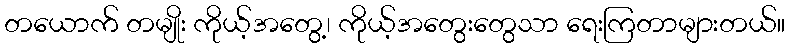
တယောက် တမျိုး ကိုယ့်အတွေ့၊ ကိုယ့်အတွေးတွေသာ ရေးကြတာများတယ်။